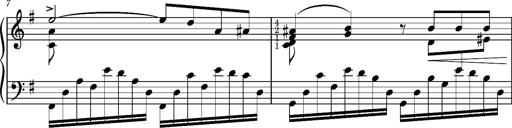
Title: Album-Leaf 'Agitato in G major' (S.167l/1)
Composer: Franz Liszt
Key: G major (S.167l/1)